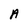
Character: A